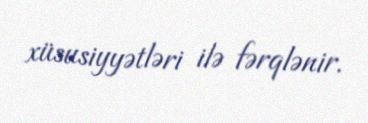
xüsusiyyətləri ilə fərqlənir.